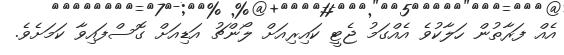
އެއް ފަރާތުން ހަލާކުވެ އެއްގަމު ޖެޓީ ކައިރިއަށް ލޯންޗު އަޑިއަށް ގޮސްފައިވާ ކަމަށެވެ.